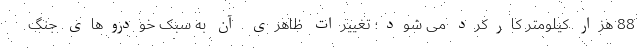
88 هزار کیلومتر کارکرد می شود؛ تغییرات ظاهری آن به سبک خودروهای جنگ